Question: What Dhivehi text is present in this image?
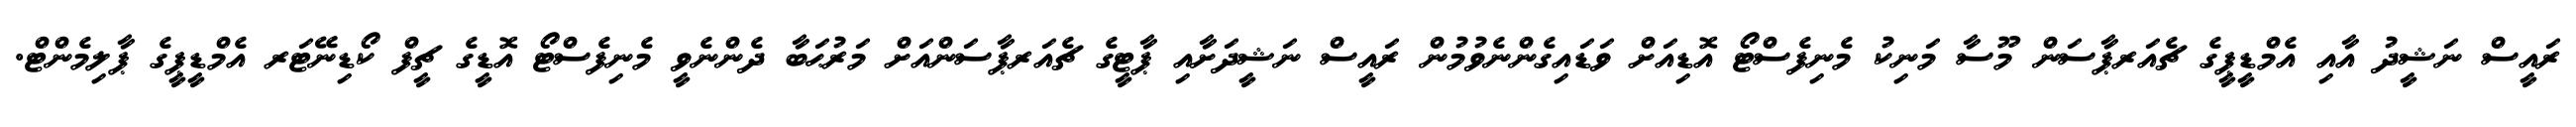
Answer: ރައީސް ނަޝީދު އާއި އެމްޑީޕީގެ ޗެއަރޕާސަން މޫސާ މަނިކު މެނިފެސްޓޯ އޮޑިއަށް ވަޑައިގެންނެވުމުން ރައީސް ނަޝީދަށާއި ޕާޓީގެ ޗެއަރޕާސަންއަށް މަރުޙަބާ ދެންނެވީ މެނިފެސްޓޯ އޮޑީގެ ޗީފް ކޯޑިނޭޓަރ އެމްޑީޕީގެ ޕާލިމެންޓް.